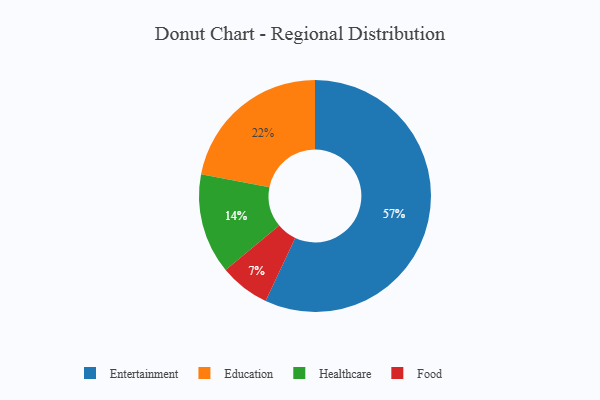
{"axis": {"x": "Category", "y": "Percentage"}, "legend": ["Education", "Entertainment", "Food", "Healthcare"], "data": [{"x": "Entertainment", "y": 57, "type": "Entertainment"}, {"x": "Healthcare", "y": 14, "type": "Healthcare"}, {"x": "Food", "y": 7, "type": "Food"}, {"x": "Education", "y": 22, "type": "Education"}]}